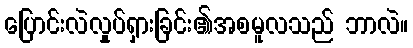
ပြောင်းလဲလှုပ်ရှားခြင်း၏အစမူလသည် ဘာလဲ။